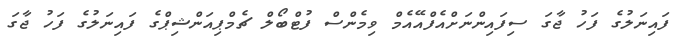
ފައިނަލުގެ ފަހު ޖާގަ ސިފައިންނަށްއެފްއޭއެމް ވިމެންސް ފުޓްބޯލް ޗެމްޕިއަންޝިޕްގެ ފައިނަލުގެ ފަހު ޖާގަ